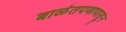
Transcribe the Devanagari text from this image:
बाळंतपणापासून